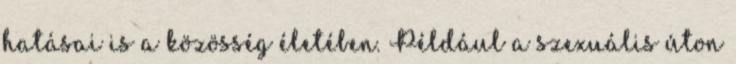
hatásai is a közösség életében. Például a szexuális úton